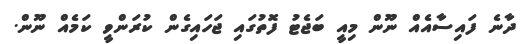
ދާނެ ފައިސާއެއް ނޫން މިއީ ބަޖެޓު ފޮތުގައި ޖަހައިގެން ކުރަންވީ ކަމެއް ނޫން.